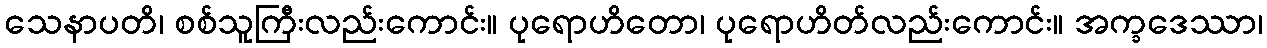
သေနာပတိ၊ စစ်သူကြီးလည်းကောင်း။ ပုရောဟိတော၊ ပုရောဟိတ်လည်းကောင်း။ အက္ခဒေဿာ၊